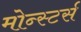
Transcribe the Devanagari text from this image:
मोन्स्टर्स